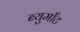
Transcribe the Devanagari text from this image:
ब्युमाँट